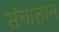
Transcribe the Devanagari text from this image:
संचालान